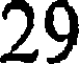
29